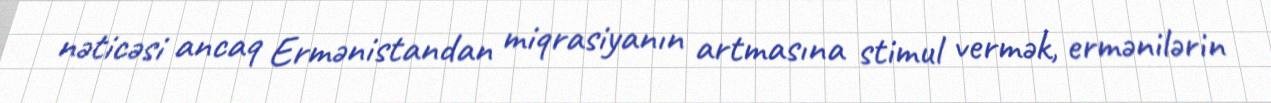
nəticəsi ancaq Ermənistandan miqrasiyanın artmasına stimul vermək, ermənilərin